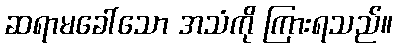
ဆရာမခေါ်သော အသံကို ကြားရသည်။